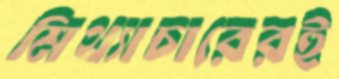
মিথ্যাচারেরই